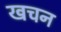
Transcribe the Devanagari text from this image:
खचन